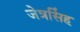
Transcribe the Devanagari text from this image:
जेत्रसिंह